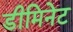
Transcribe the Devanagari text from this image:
डीमिनेट